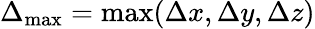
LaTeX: \Delta_{\textrm{max}}=\mathrm{max}(\Delta x,\Delta y,\Delta z)